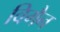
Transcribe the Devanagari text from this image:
विगैन